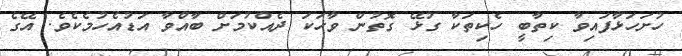
ހުށަހަޅާފައިވާ ކިތާބީ ހެކިތަކާ ގުޅޭ ގޮތުން ވާހަކަ ދެއްކުމަށް ބާއްވާ އަޑުއެހުމެކެވެ. އޭގެ